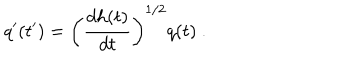
LaTeX: q ^ { \prime } ( t ^ { \prime } ) = \left( \frac { d h ( t ) } { d t } \right) ^ { 1 / 2 } q ( t ) \ .